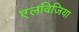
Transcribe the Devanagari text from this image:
एलबिजिया